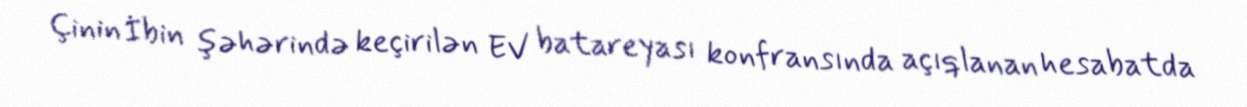
Çinin İbin şəhərində keçirilən EV batareyası konfransında açıqlanan hesabatda